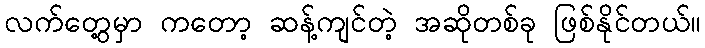
လက်တွေ့မှာ ကတော့ ဆန့်ကျင်တဲ့ အဆိုတစ်ခု ဖြစ်နိုင်တယ်။